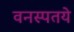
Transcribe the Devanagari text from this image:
वनस्पतये